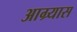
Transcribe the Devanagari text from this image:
आग्र्यास